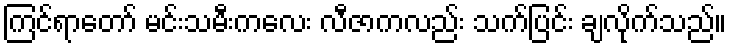
ကြင်ရာတော် မင်းသမီးကလေး လီဇာကလည်း သက်ပြင်း ချလိုက်သည်။